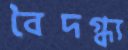
বৈদগ্ধ্য